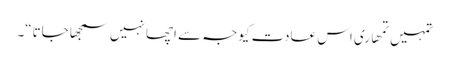
تمہیں تمھاری اس عادت کیوجہ سے اچھا نہیں سمجھا جاتا“۔